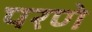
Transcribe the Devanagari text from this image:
परणे